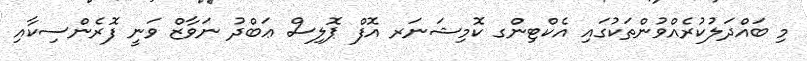
މި ބައްދަލުކުރެއްވުންތަކުގައި އެކްޓިންގ ކޮމިޝަނަރ އޮފް ޕޮލިސް ޢަބްދު ނަވާޒް ވަނީ ފޮރެންސިކާއި